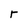
Character: r